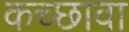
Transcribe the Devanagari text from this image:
कच्छावा